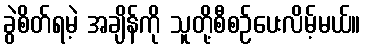
ခွဲစိတ်ရမဲ့ အချိန်ကို သူတို့စီစဉ်ပေးလိမ့်မယ်။